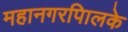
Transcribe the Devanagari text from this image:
महानगरपािलके